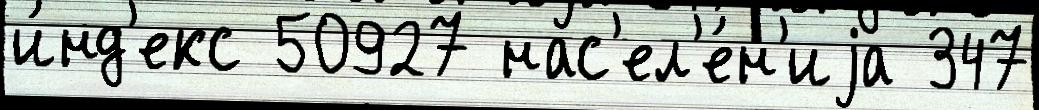
и́нд'екс 50927 нас'ел'е́н'иjа 347